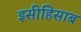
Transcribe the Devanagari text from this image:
इसीहिसाब